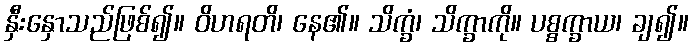
နှီးနှောသည်ဖြစ်၍။ ဝိဟရတိ၊ နေ၏။ သိက္ခံ၊ သိက္ခာကို။ ပစ္စက္ခာယ၊ ချ၍။